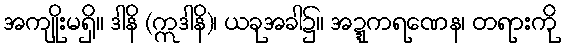
အကျိုးမရှိ။ ဒါနိ (ဣဒါနိ)၊ ယခုအခါ၌။ အဍ္ဍကရဏေန၊ တရားကို